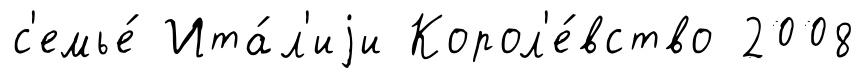
с'емье́ Ита́л'иjи Корол'е́вство 2008